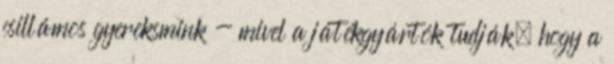
csillámos gyereksmink - mivel a játékgyártók tudják, hogy a